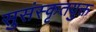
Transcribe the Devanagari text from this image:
सुसंस्कृतयुक्त